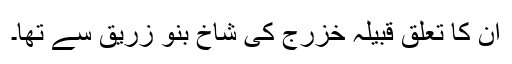
ان کا تعلق قبیلہ خزرج کی شاخ بَنُو زُرَیْق سے تھا۔